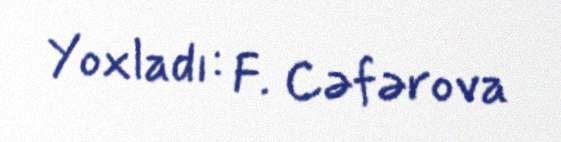
Yoxladı: F. Cəfərova